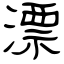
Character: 漂